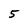
Character: 5